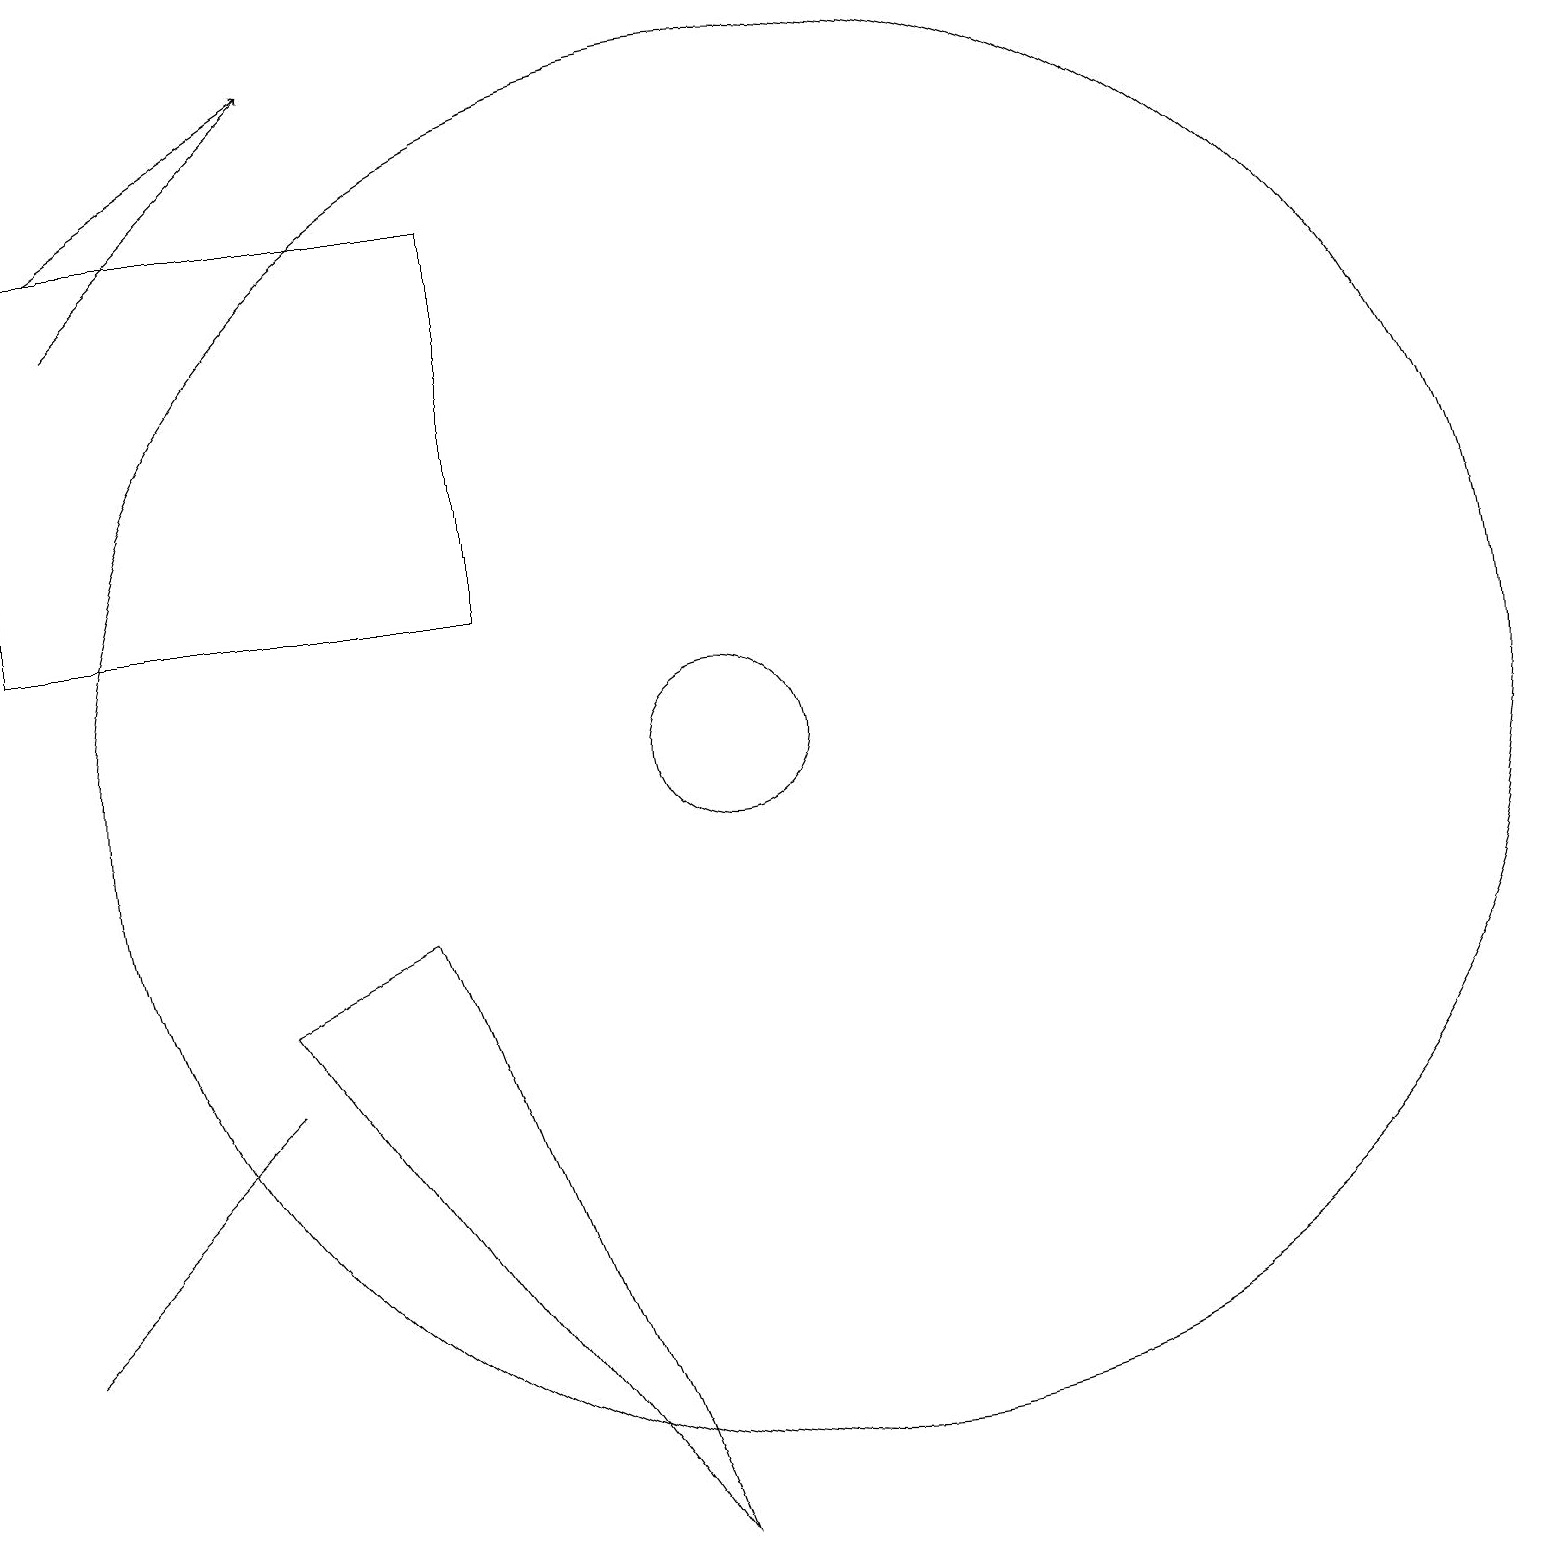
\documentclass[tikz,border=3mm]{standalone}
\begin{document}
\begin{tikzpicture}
\draw[->] (2,17) -- (5,19);
\draw[->] (2,16) -- (5,19);
\draw (11,10) circle (9);
\draw (7,17) rectangle (1,12);
\draw (10,10) circle (1);
\draw (4,6) -- (4,6) -- (1,3) -- cycle;
\draw (6,8) -- (9,0) -- (4,7) -- cycle;
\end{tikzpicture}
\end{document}